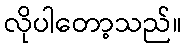
လိုပါတော့သည်။